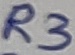
Text: R3